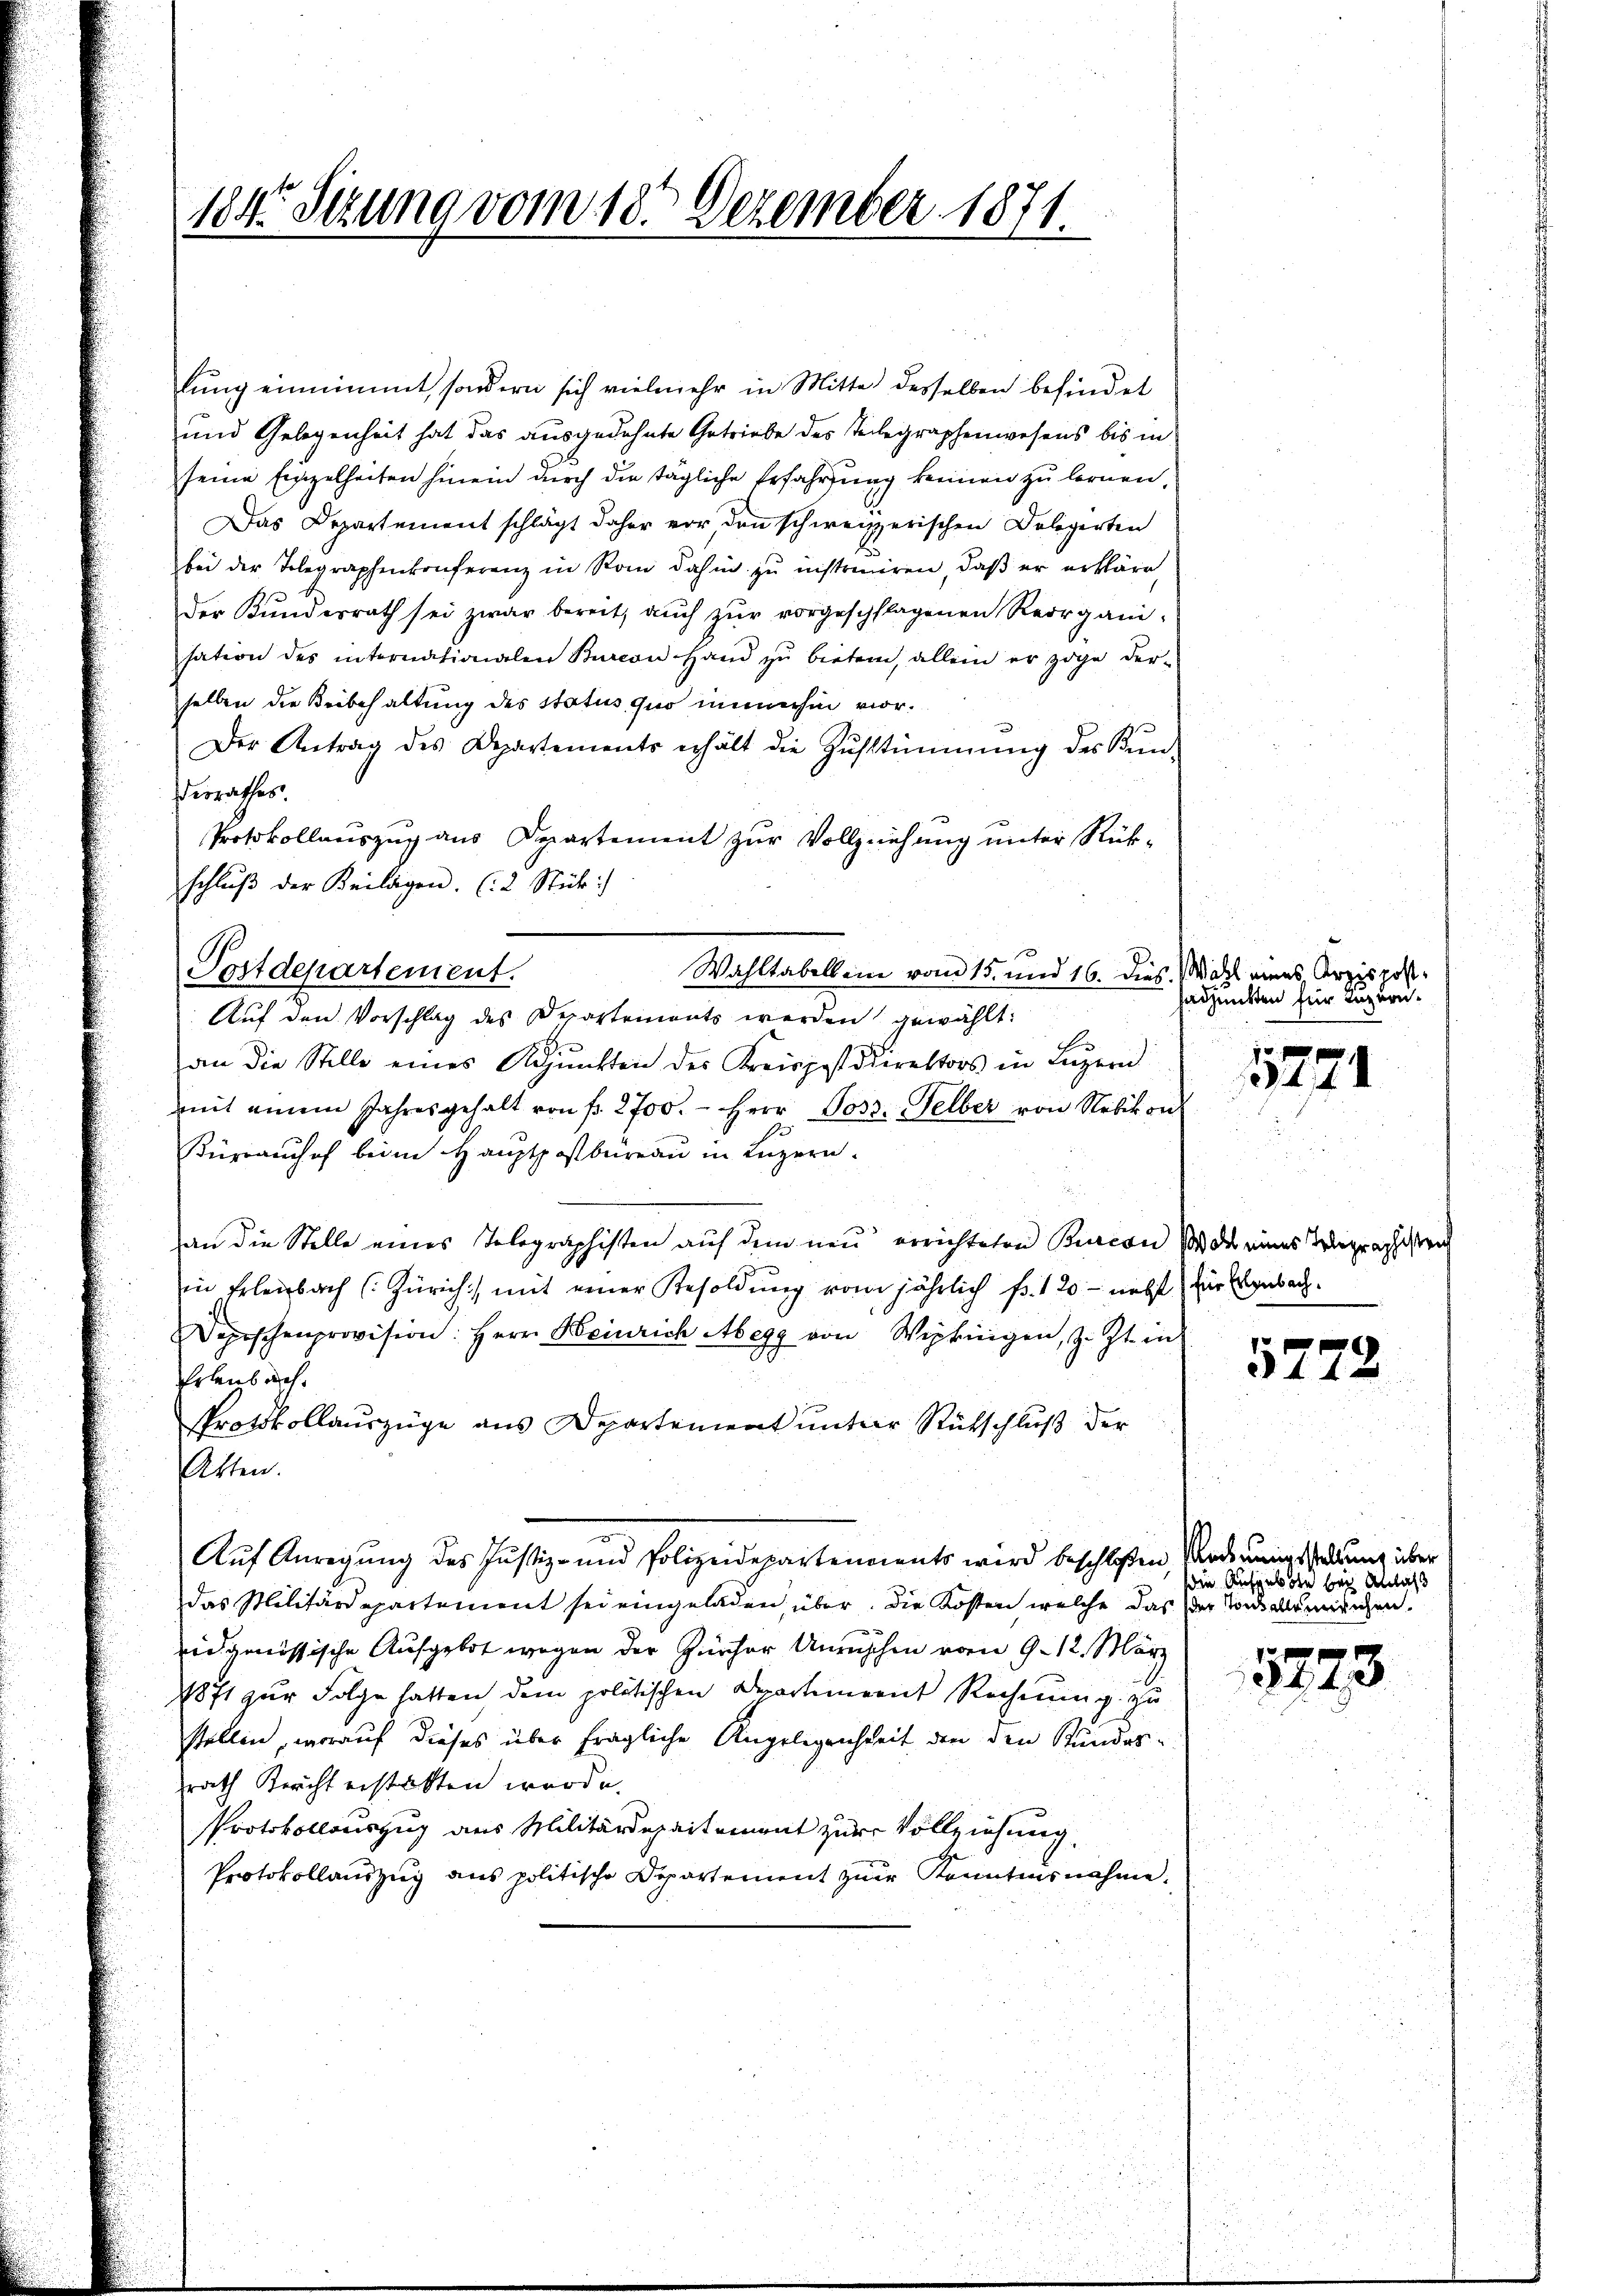
lung einnimmt, sondern sich vielmehr in Mitte desselben befindet
und Gelegenheit hat das ausgedehnte Getriebe des Telegraphenwesens bis in
seine Einzelheiten hinein durch die tägliche Erfahrung keinen zu lernen,
Das Departement schlägt daher vor den schweizerischen Delegerten
bei der Tolegraphenkonferenz in Rom dahin zŭ instruiren, daβ er erkläre,
der Kundesrath sei zwar bereit, aŭch zŭr vorgeschlagenen Reorganisation des internationalen Burcon Hand zu bieten, allein er zöge der-
selben die Beibehaltung des Status quo immerhin vor¬
Der Antrag des Departements erhält die Zŭstimmung des Kŭn-
derrathes.
Protokollauszug aus Departement zur Vollziehung unter Rükschlŭβ der Beilagen. (2 Stück:
Postdepartement.
Wahltabellein vom 15. und 16. Dies
Auf den Vorschlag des Departements werden gewählt:
an die Stelle eines Adjunkten des Kreispostdirektors in Lŭzern
mit einem Jahresgehalt von fr. 2700. - Herr Jos. Gelber von Nebikon
Bürraushof beim Hauptpostbureau in Luzern.
an die Stelle eines Telegraphisten auf dem neu errichteten Burcon so das eines Telegraphisten
in Erlenbach (Zürich) mit einer Besoldung vom jährlich fr. 120 - nebst für Erlenbach.
Dopischenprovision: Herr Heinrich Abegg von Wipkingen, z. Zt. in
Erlenbuch.
Protokollauszüge aus Departement untere Rutschluß der
Atten.
Auf Anregung des Justiz- und Polizeidepartenments wird beschloßen Vorderungsstellung über
das Militärdepartement sei eingeladen, über. Die Kosten welche das der Sond alleinrichen.
eidgenössische Aufgebot wegen der Zürcher Unrechen vom 9. 12. März
Noft zur Folge hatten dem politischen Departement Rechnung zu
stellen, worauf dieses über fragliche Angelegenheit den den Kundes-
rath Bericht erstatten werde.
Protokollauszug aus Militärdepartement zur Vollziehung.
Protokollauszug aus politische Departement zur Kenntnisnahme.

184. Sitzung vom 18. Dezember 1871.

Wahl eines Arzispost.
Fachmitten für Luzern.

5271

5223

die Aufgebote bei Anlaß

5273